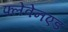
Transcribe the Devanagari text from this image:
फ्लेवेनएड